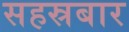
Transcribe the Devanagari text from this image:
सहस्रबार